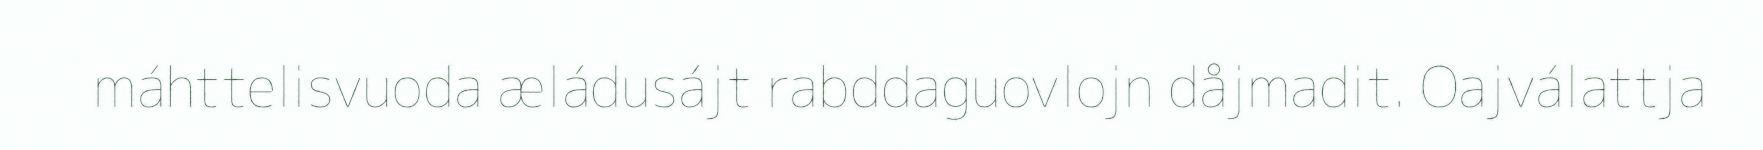
máhttelisvuoda æládusájt rabddaguovlojn dåjmadit. Oajválattja